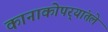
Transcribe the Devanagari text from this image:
कानाकोपर्‍यांतले